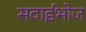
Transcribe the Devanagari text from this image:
सवाईभोज